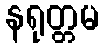
နရုတ္တမ